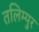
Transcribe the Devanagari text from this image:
तलिम्पुर